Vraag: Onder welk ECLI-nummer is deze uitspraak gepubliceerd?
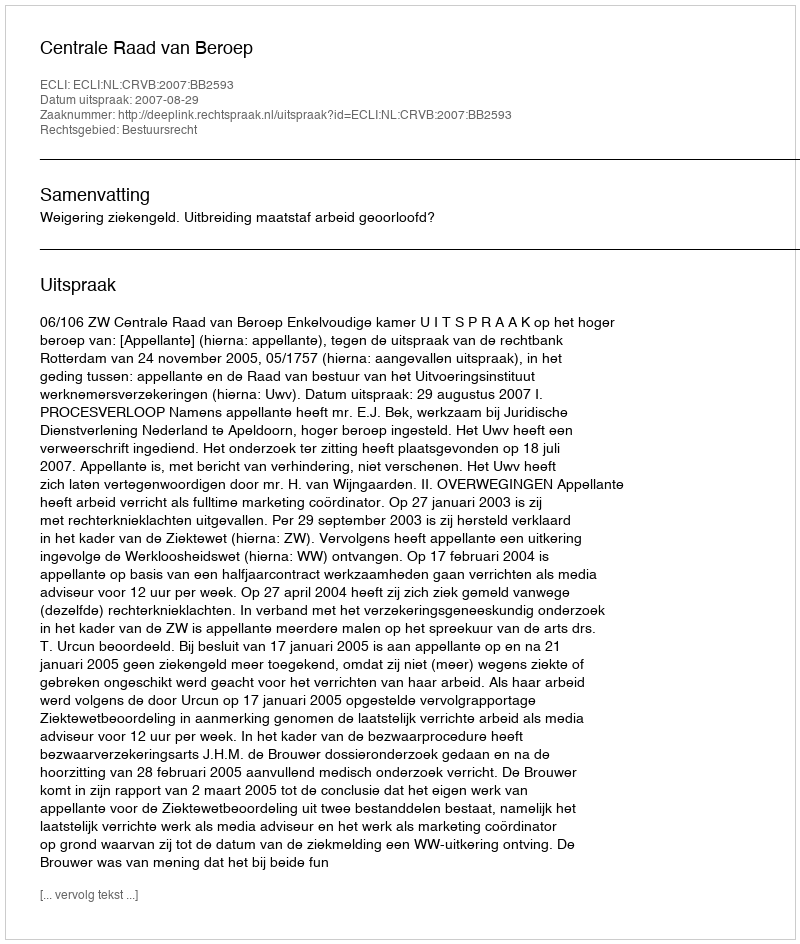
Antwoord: ECLI:NL:CRVB:2007:BB2593